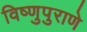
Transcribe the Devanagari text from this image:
विष्णुपुराणे